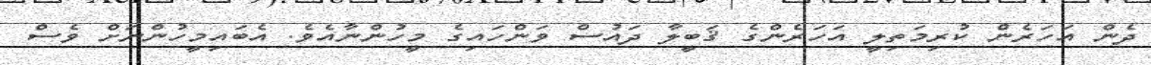
ދެން އަހަރެން ކުރިމަތިލީ އަހަރެންގެ ޤަބީލާ ދައުސް ވަންހައިގެ މީހުންނާއެވެ. އެބައިމީހުންނަށް ވެސް